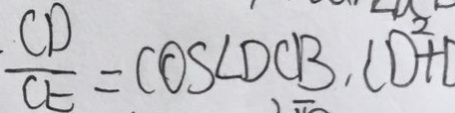
\frac { C D } { C E } = \cos \angle D C B , C D ^ { 2 } +